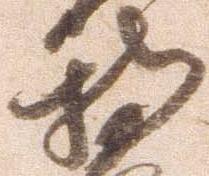
持